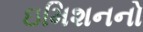
ઇમિશનનો